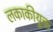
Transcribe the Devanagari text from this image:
लकाकीयुक्त